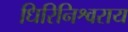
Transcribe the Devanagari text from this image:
धिरिनिश्वराय